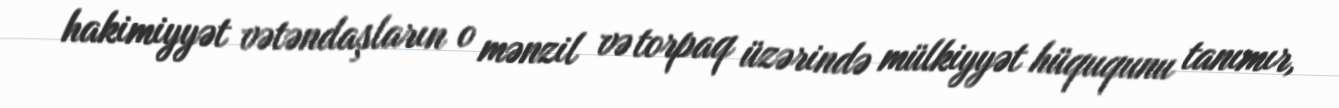
hakimiyyət vətəndaşların o mənzil və torpaq üzərində mülkiyyət hüququnu tanımır,